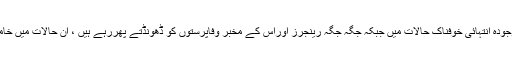
اگر انہوں نے غلط عمل کیا ہے تو وہ اللہ تعالیٰ کے حضور معافی کے طلبگارہوں اورموجودہ انتہائی خوفناک حالات میں جبکہ جگہ جگہ رینجرز اوراس کے مخبر وفاپرستوں کو ڈھونڈتے پھررہے ہیں ، ان حالات میں خاموش ہوکر اپنے اپنے گھروں میں بیٹھ جائیں اور کسی سیاسی سرگرمی میں حصہ نہ لیں۔